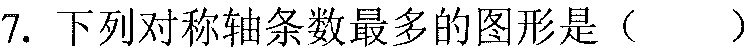
7. 下列对称轴条数最多的图形是（  ）